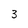
Character: 3